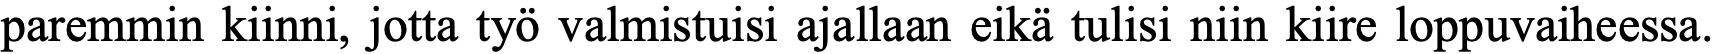
paremmin kiinni, jotta työ valmistuisi ajallaan eikä tulisi niin kiire loppuvaiheessa.